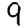
Digit: 9